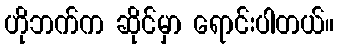
ဟိုဘက်က ဆိုင်မှာ ရောင်းပါတယ်။